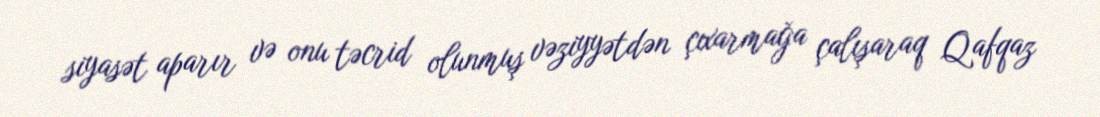
siyasət aparır və onu təcrid olunmuş vəziyyətdən çıxarmağa çalışaraq Qafqaz